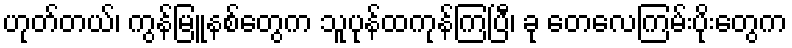
ဟုတ်တယ်၊ ကွန်မြူနစ်တွေက သူပုန်ထကုန်ကြပြီ၊ ခု တေလေကြမ်းပိုးတွေက